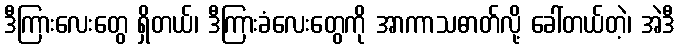
ဒီကြားလေးတွေ ရှိတယ်၊ ဒီကြားခံလေးတွေကို အာကာသဓာတ်လို့ ခေါ်တယ်တဲ့၊ အဲဒီ